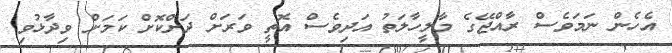
އެހެން ނަމަވެސް ރާއްޖޭގެ މާލީހާލަތު އަދިވެސް އޮތީ ވަރަށް ދަށްކޮށް ކަމަށް ވިދާޅުވި